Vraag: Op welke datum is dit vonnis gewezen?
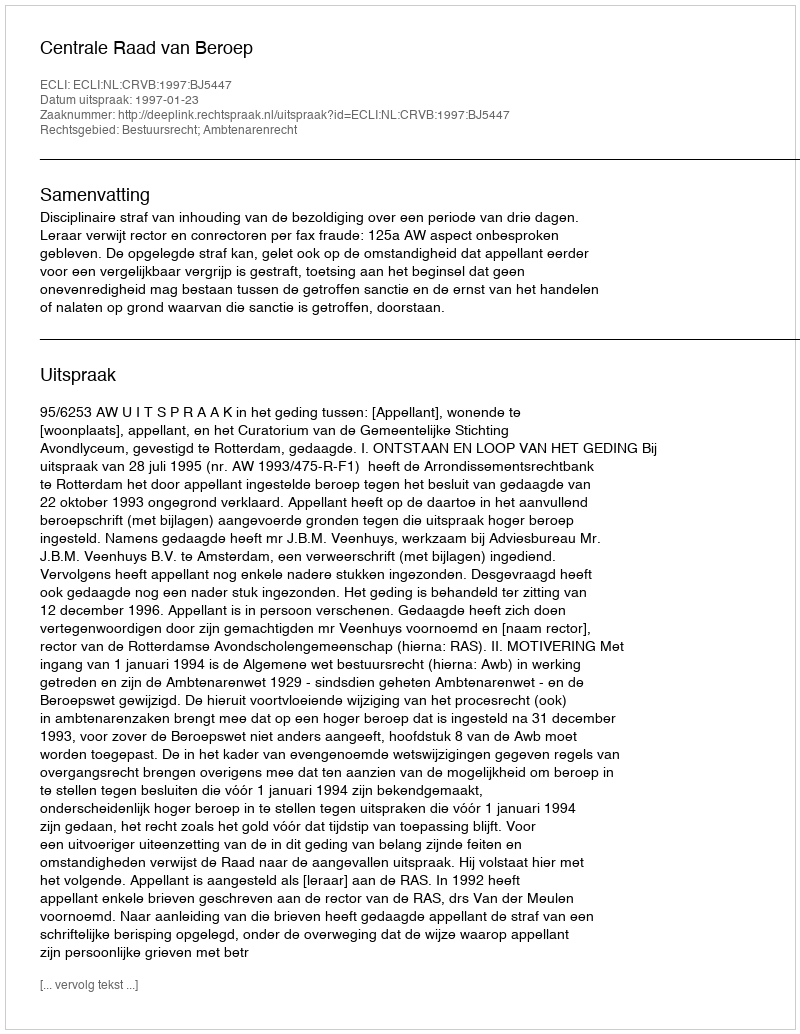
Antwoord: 1997-01-23